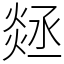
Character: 㷥